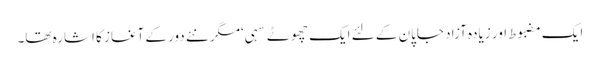
ایک مضبوط اور زیادہ آزاد جاپان کے لئے ایک چھوٹے سہی ‘مگر نئے دور کے آغاز کا اشارہ تھا۔